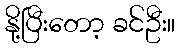
နို့ပြီးတော့ ခင်ဦး။